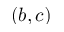
( b , c )